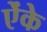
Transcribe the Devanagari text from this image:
ऐंके